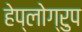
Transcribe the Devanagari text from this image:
हेप्लोग्रुप